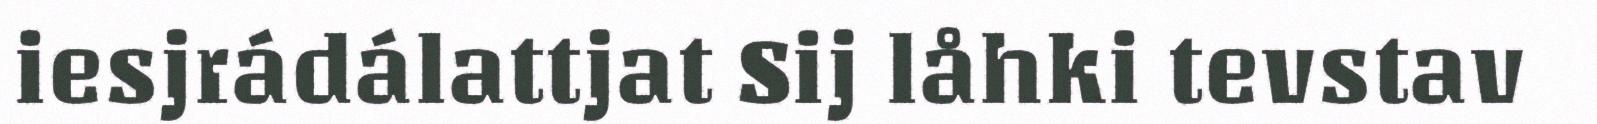
iesjrádálattjat Sij låhki tevstav